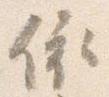
依